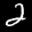
Label: 2